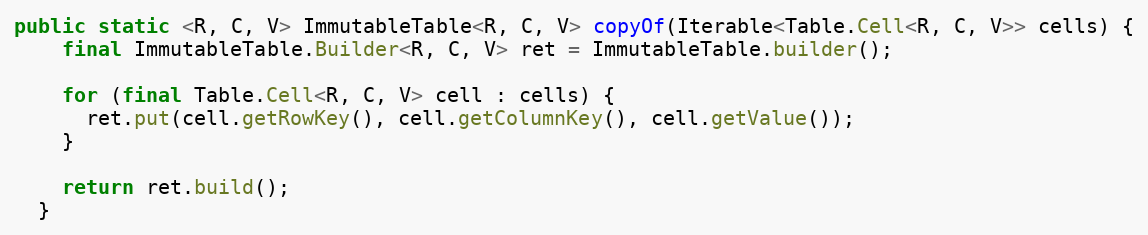
Language: Java
public static <R, C, V> ImmutableTable<R, C, V> copyOf(Iterable<Table.Cell<R, C, V>> cells) {
    final ImmutableTable.Builder<R, C, V> ret = ImmutableTable.builder();

    for (final Table.Cell<R, C, V> cell : cells) {
      ret.put(cell.getRowKey(), cell.getColumnKey(), cell.getValue());
    }

    return ret.build();
  }